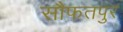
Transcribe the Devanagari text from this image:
सौफतपुर